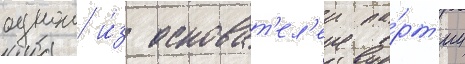
однои и́з основат'ел'еи па́рт'ии